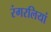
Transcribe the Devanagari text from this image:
रंगरलियां